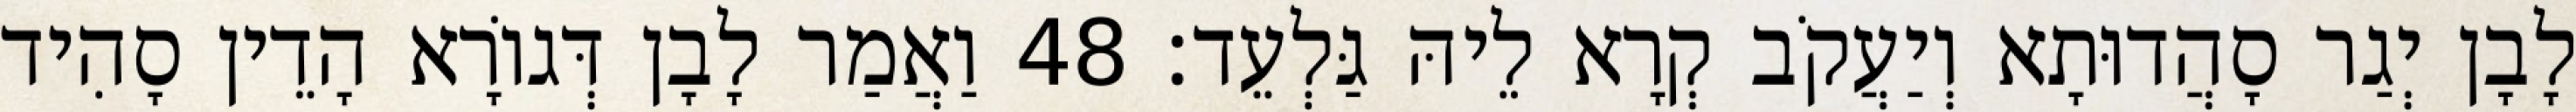
לָבָן יְגַר סָהֲדוּתָא וְיַעֲקֹב קְרָא לֵיהּ גַּלְעֵד׃ 48 וַאֲמַר לָבָן דְּגוֹרָא הָדֵין סָהִיד